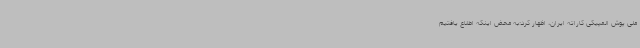
ملی پوش المپیکی کاراته ایران، اظهار کرد:به محض اینکه اطلاع یافتیم